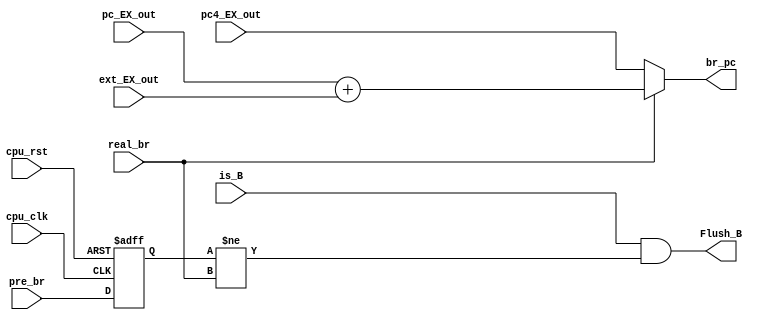
module BMHU ( //branch misprediction handling unit
   input cpu_rst,
   input cpu_clk,

   input wire is_B,   // from EX
   input wire real_br,  // from EX
   input wire pre_br,   // from predictor

   input wire [31:0] pc_EX_out,
   input wire [31:0] pc4_EX_out,
   input wire [31:0] ext_EX_out,

   output wire Flush_B,
   output wire [31:0] br_pc

);


   reg pre_br_ex;

   always @(posedge cpu_clk or posedge cpu_rst) begin
      if (cpu_rst)
         pre_br_ex <= 1'b0;
      else 
         pre_br_ex <= pre_br;
   end

   assign Flush_B = is_B && (pre_br_ex != real_br); 

   assign br_pc = real_br? (pc_EX_out + ext_EX_out) : pc4_EX_out;
   

endmodule //BMHU